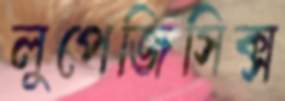
লুপেজিসিক্স